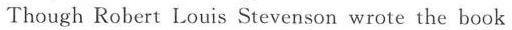
Though Robert Louis Stevenson wrote the book